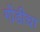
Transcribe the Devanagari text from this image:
गोंडीचा